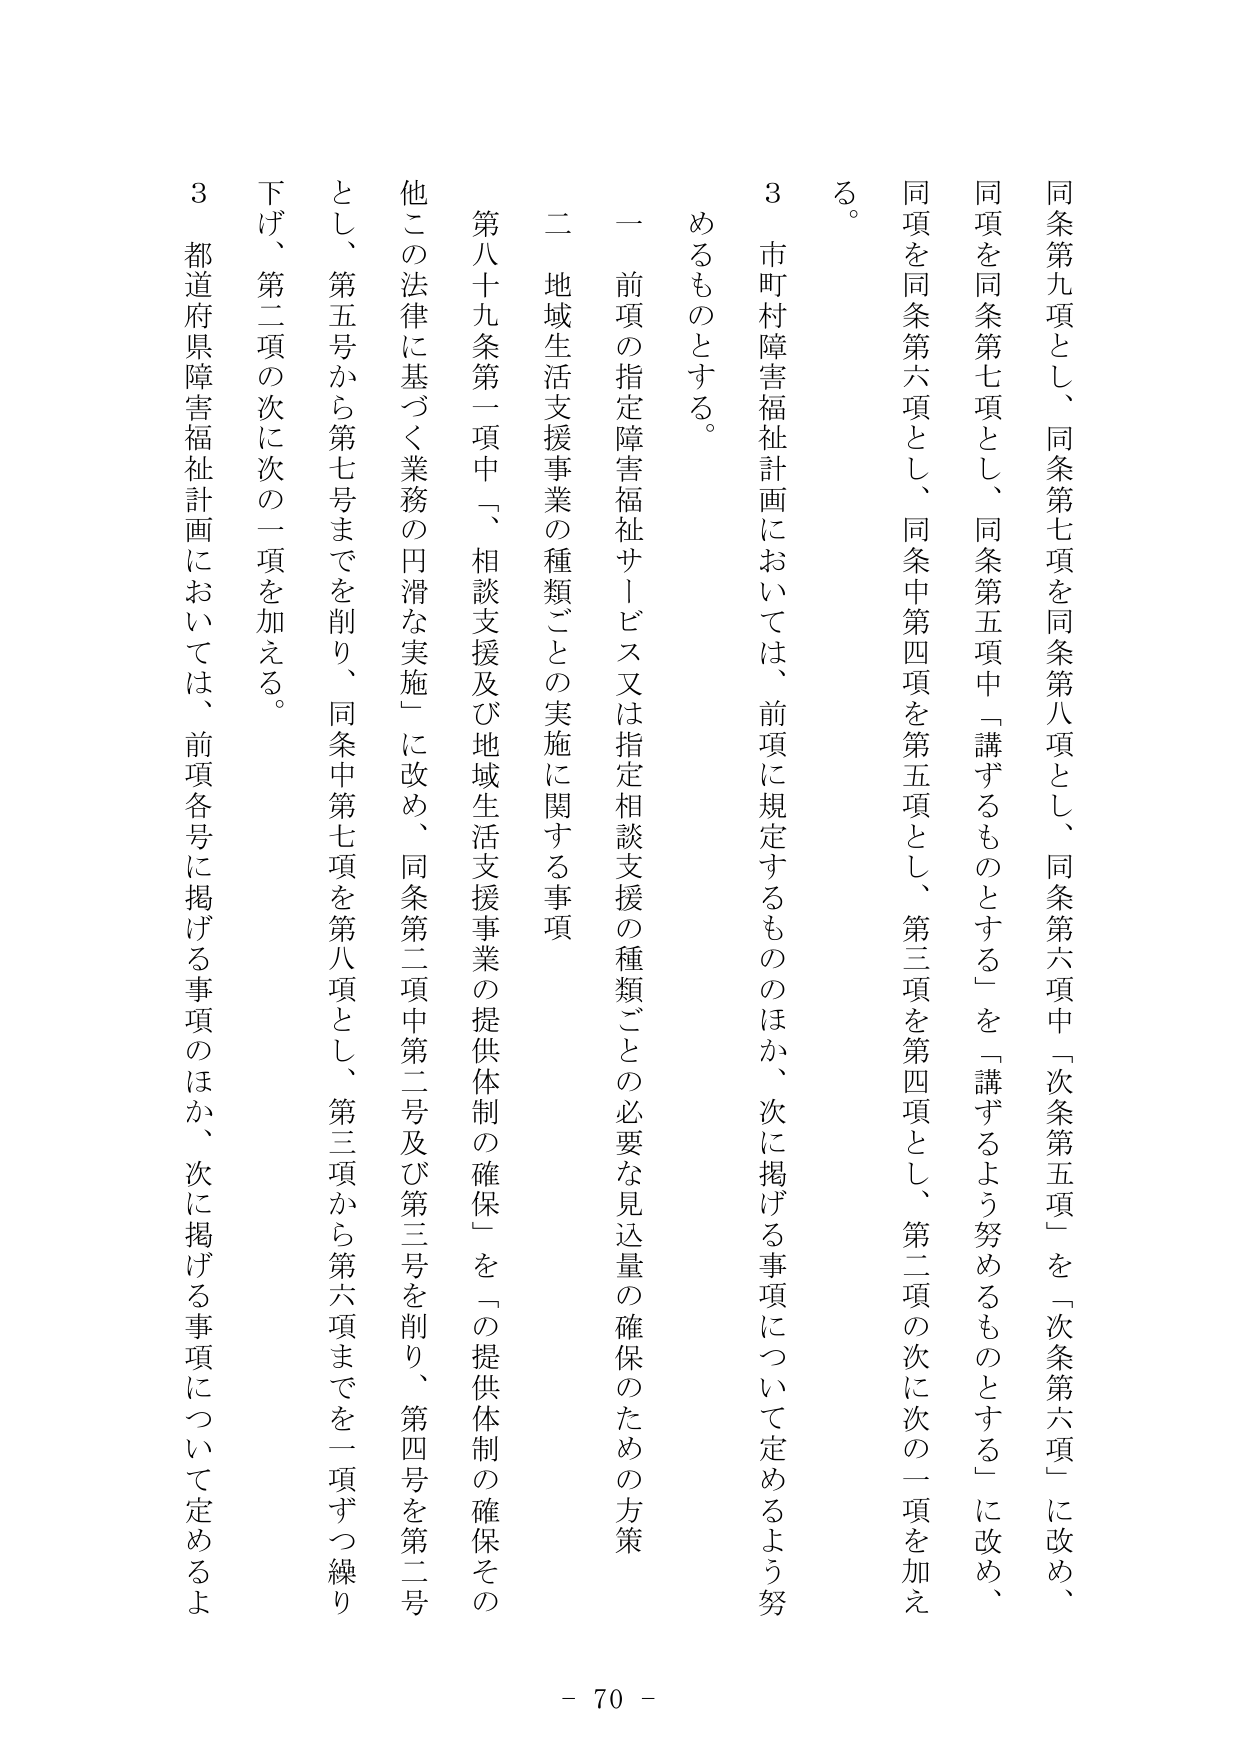
同条第九項とし、同条第七項を同条第八項とし、同条第六項中「次条第五項」を「次条第六項」に改め、
同項を同条第七項とし、同条第五項中「講ずるものとする」を「講ずるよう努めるものとする」に改め、
同項を同条第六項とし、同条中第四項を第五項とし、第三項を第四項とし、第二項の次に次の二項を加え
る。
３　市町村障害福祉計画においては、前項に規定するもののほか、次に掲げる事項について定めるよう努
めるものとする。
一　前項の指定障害福祉サービス又は指定相談支援の種類ごとの必要な見込量の確保のための方策
二　地域生活支援事業の種類ごとの実施に関する事項
第八十九条第一項中「、相談支援及び地域生活支援事業の提供体制の確保」を「の提供体制の確保その
他この法律に基づく業務の円滑な実施」に改め、同条第二項中第二号及び第三号を削り、第四号を第二号
とし、第五号から第七号までを削り、同条中第七項を第八項とし、第三項から第六項までを一項ずつ繰り
下げ、第二項の次に次の二項を加える。
３　都道府県障害福祉計画においては、前項各号に掲げる事項のほか、次に掲げる事項について定めるよ
- 70 -